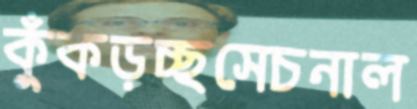
কুঁকড়চ্ছসেচনাল